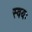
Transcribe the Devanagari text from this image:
स्वयः